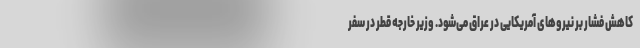
کاهش فشار بر نیرو‌های آمریکایی در عراق می‌شود. وزیر خارجه قطر در سفر